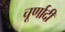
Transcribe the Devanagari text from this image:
चूर्णादी